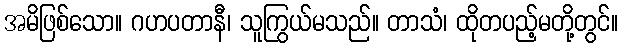
အမိဖြစ်သော။ ဂဟပတာနီ၊ သူကြွယ်မသည်။ တာသံ၊ ထိုတပည့်မတို့တွင်။